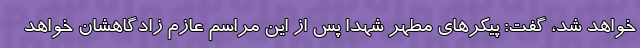
خواهد شد، گفت: پیکرهای مطهر شهدا پس از این مراسم عازم زادگاهشان خواهد